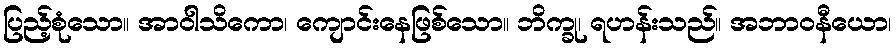
ပြည့်စုံသော။ အာဝါသိကော၊ ကျောင်းနေဖြစ်သော။ ဘိက္ခု၊ ရဟန်းသည်။ အဘာဝနီယော၊